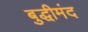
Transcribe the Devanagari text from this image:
बुद्धीमंद